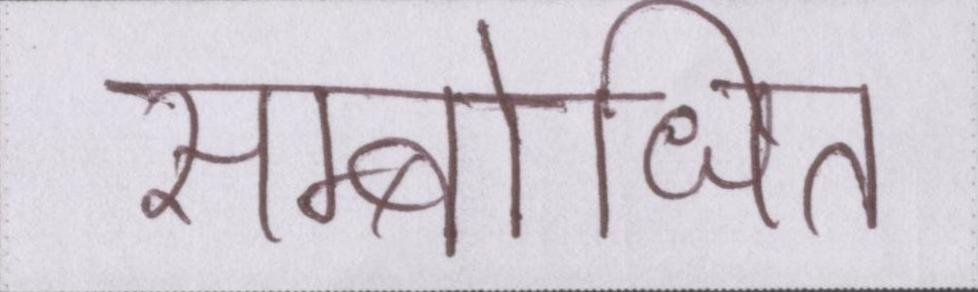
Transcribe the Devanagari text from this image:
सम्बोधित